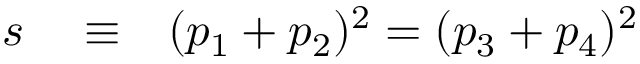
\begin{array} { r l r } { s } & { { } \equiv } & { ( p _ { 1 } + p _ { 2 } ) ^ { 2 } = ( p _ { 3 } + p _ { 4 } ) ^ { 2 } } \end{array}